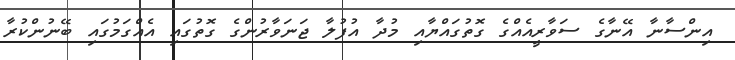
އިންސާނާ އޭނާގެ ސަވާރީއެއްގެ ގޮތުގައްޔާއި މުދާ އުފުލާ ޖަނަވާރުންގެ ގޮތުގައި އެއްގަމުގައި ބޭނުންކުރާ